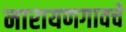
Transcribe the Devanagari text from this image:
नारायणगावचे